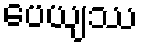
ပေယျဿ